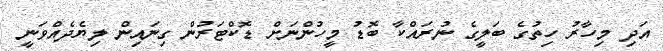
އަދި މިހާރު ހިތުގެ ބަލީގެ ނުރައްކާ ބޮޑު މީހުންނަށް ޑޮކްޓަރުން ގިނައިން ލިޔެދެއްވަނީ